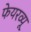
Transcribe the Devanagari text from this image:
फेयरव्यू